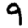
Digit: 9